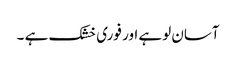
آسان لوہے اور فوری خشک ہے ۔